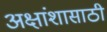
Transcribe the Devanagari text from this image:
अक्षांशासाठी